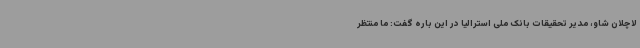
لاچلان شاو، مدیر تحقیقات بانک ملی استرالیا در این باره گفت: ما منتظر